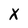
Character: X